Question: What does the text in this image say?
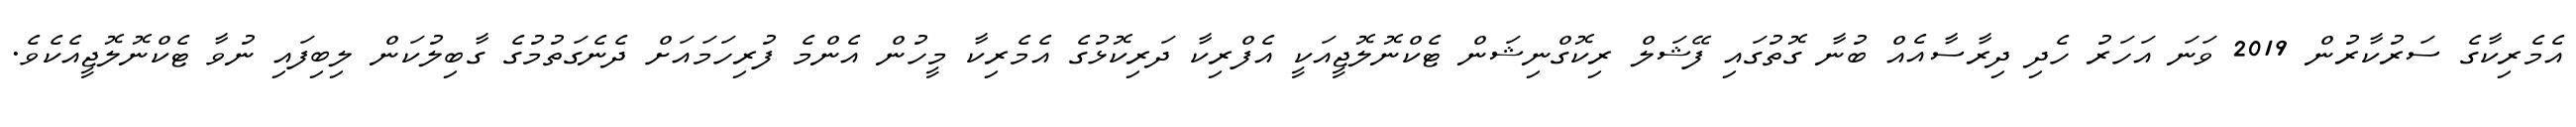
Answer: އެމެރިކާގެ ސަރުކާރުން 2019 ވަނަ އަހަރު ހެދި ދިރާސާއެއް ބުނާ ގޮތުގައި ފޭޝަލް ރިކޮގްނިޝަން ޓެކްނޮލޮޖީއަކީ އެފްރިކާ ދަރިކޮޅުގެ އެމެރިކާ މީހުން އެންމެ ފުރިހަމައަށް ދެނެގަތުމުގެ ގާބިލުކަން ލިބިފައި ނުވާ ޓެކްނޮލޮޖީއެކެވެ.